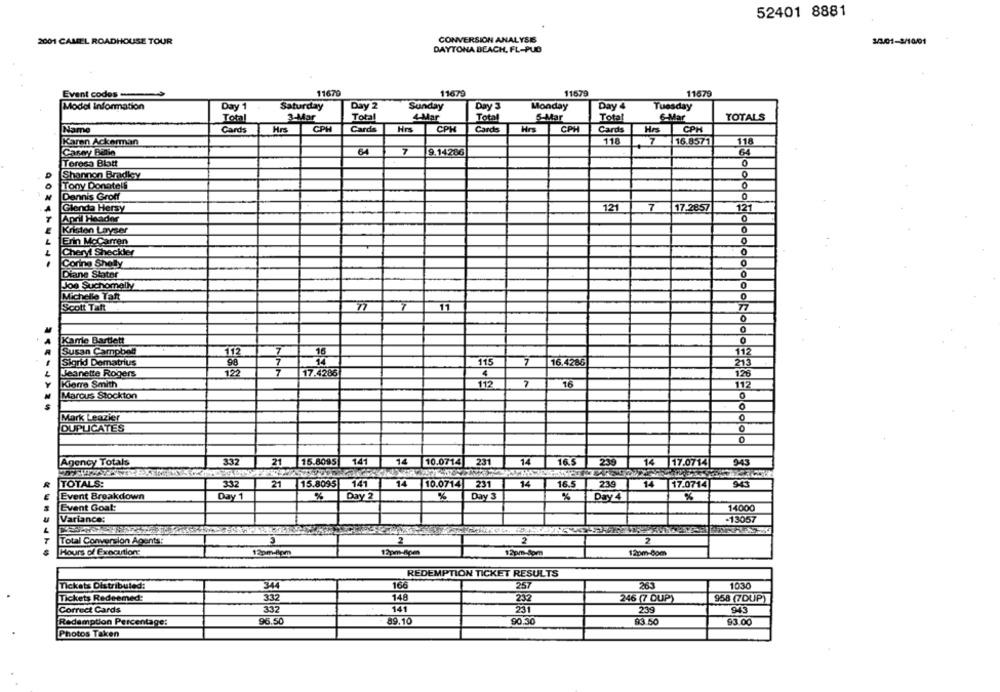
52401 8881
2001 CAMEL ROADHOUSE TOUR
CONVERSION ANALYSIS
30/01-3/1001
DAYTONA BEACH, FL-PUB
Event codes-
11679
11679
11679
11679
Model information
Day 1
Saturday
Day 2
Sunday
Day 3
Monday
Day 4
Tuesday
Total
3-Mar
Total
4-Mar
Total
5-Mar
Total
6-Mar
TOTALS
Name
Cards
Hrs
CPH
Cards
Hrs
CPH
Cards
Hrs
CPH
Cards
Hrs
CPH
Karen Ackerman
118
16.8571
118
Carey Balie
64
7
9.14286
64
Teresa Blatt
0
Shannon Bradley
O
Tony Donatell
0
Dennis Groff
Glenda Hersy
121
7
17.2857
121
April Haader
Kristen Layser
Erin MoCamren
0
Cheryt Sheckler
0
Corina Shelly
Diane Stater
Joe Suchomelly
0
Michelle Takt
0
Scott Taft
11
77
0
O
0
Kame Bartlett
Susan Campbell
7
16
112
7
Sigrid Dematrius
115
7
16,4286
215
Jeanette Rogers
7
17.4286
4
12€
Kierre Smith
112
7
16
112
Marcus Stockton
0
Mark Leazier
0
DUPLICATES
Agency Totals
332
21
15.8095
141
14
10.0714 231
14
16.5
235
14 17.0714
943
TOTALS:
332
21
15.8095
141
14
10.0714
231
14
16.5
239
14
17.0714
943
Event Breakdown
Day 1
%
Day 2
%
Day 3
Day 4
%
Event Goat:
14000
Variance:
-13057
Total Conversion Agents:
2
2
Hours of Execution:
12pm-Rom
12pm-8pm
12pm-Som
12pm-8om
REDEMPTION TICKET RESULTS
Tickets Distributed:
344
16
257
263
1030
Tickets Redeemed:
332
148
232
246 (7 OUP)
958 (7DUP)
332
141
251
239
943
Correct Cards
Redemption Percentage:
96.50
89.10
90.30
$3.50
93.00
Photos Taken